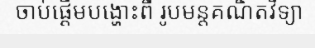
ចាប់ផ្តើមបង្ហោះពី រូបមន្តគណិតវិទ្យា